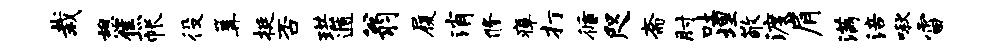
栽憩焦帐役篝挺否珙遁翁履消修瘴打循咫斋肘吐埋敬渡肩满涪啾雷